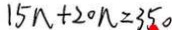
1 5 n + 2 0 n = 3 5 0